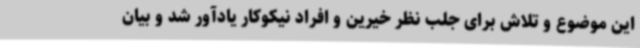
این موضوع و تلاش برای جلب نظر خیرین و افراد نیکوکار یادآور شد و بیان